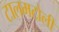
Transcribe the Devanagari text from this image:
टालमटोली